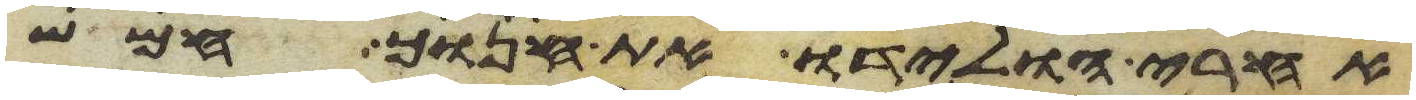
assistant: אחרי הולידו את חנוך חמש